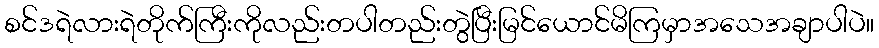
စင်ဒရဲလားရဲတိုက်ကြီးကိုလည်းတပါတည်းတွဲပြီးမြင်ယောင်မိကြမှာအသေအချာပါပဲ။